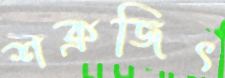
শক্রজিৎ